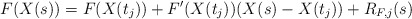
\begin{align*}F(X(s)) = F(X(t_j)) + F'(X(t_j)) (X(s) - X(t_j)) + R_{F,j}(s)\end{align*}